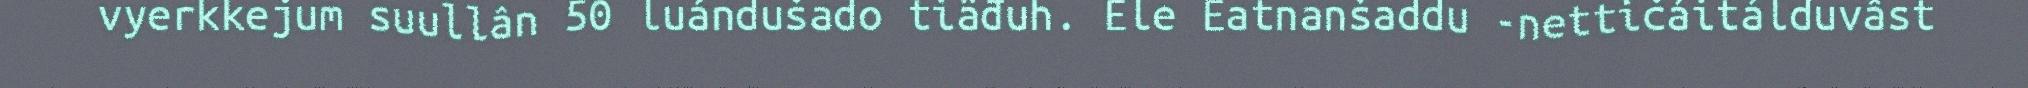
vyerkkejum suullân 50 luándušado tiäđuh. Ele Eatnanšaddu -nettičáitálduvâst